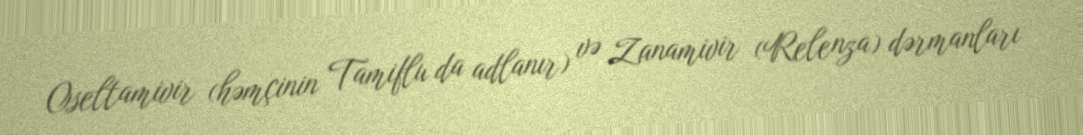
Oseltamivir (həmçinin Tamiflu da adlanır) və Zanamivir (Relenza) dərmanları